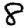
Digit: 8